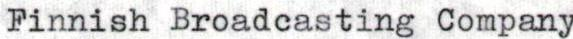
Finnish Broadcasting Company